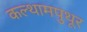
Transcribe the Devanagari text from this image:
कल्थामपुथूर